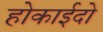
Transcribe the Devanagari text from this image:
होकाईदो